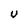
Character: U